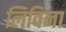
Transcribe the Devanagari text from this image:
लिविना